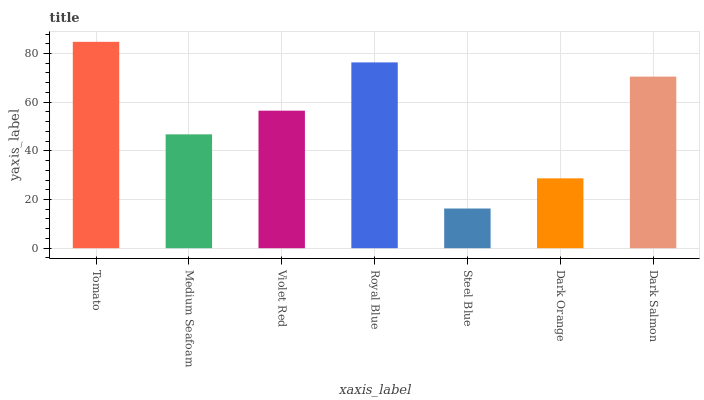
| xaxis_label | bars |
 | --- | --- |
 | Tomato | 84.8 |
 | Medium Seafoam | 46.8 |
 | Violet Red | 56.5 |
 | Royal Blue | 76.3 |
 | Steel Blue | 16.3 |
 | Dark Orange | 28.7 |
 | Dark Salmon | 70.5 |